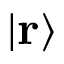
| \mathbf { r } \rangle